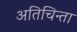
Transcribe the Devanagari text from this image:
अतिचिन्ता